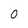
Character: 0